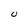
Character: U